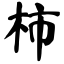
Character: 柿